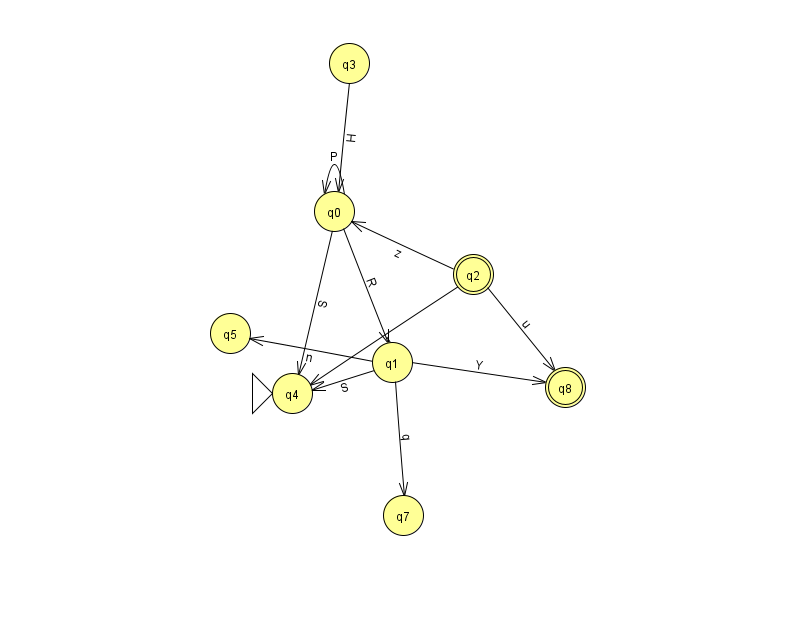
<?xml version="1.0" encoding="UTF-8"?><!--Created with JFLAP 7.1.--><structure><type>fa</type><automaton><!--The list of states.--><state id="0" name="q0"><x>334.0</x><y>198.0</y></state><state id="1" name="q1"><x>392.0</x><y>349.0</y></state><state id="2" name="q2"><x>473.0</x><y>261.0</y><final/></state><state id="3" name="q3"><x>349.0</x><y>50.0</y></state><state id="4" name="q4"><x>292.0</x><y>380.0</y><initial/></state><state id="5" name="q5"><x>230.0</x><y>320.0</y></state><state id="7" name="q7"><x>403.0</x><y>502.0</y></state><state id="8" name="q8"><x>565.0</x><y>374.0</y><final/></state><!--The list of transitions.--><transition><from>0</from><to>0</to><read>P</read></transition><transition><from>1</from><to>5</to><read>n</read></transition><transition><from>0</from><to>1</to><read>R</read></transition><transition><from>1</from><to>8</to><read>Y</read></transition><transition><from>1</from><to>7</to><read>q</read></transition><transition><from>2</from><to>4</to><read>J</read></transition><transition><from>2</from><to>8</to><read>u</read></transition><transition><from>1</from><to>4</to><read>S</read></transition><transition><from>3</from><to>0</to><read>H</read></transition><transition><from>2</from><to>0</to><read>z</read></transition><transition><from>0</from><to>4</to><read>S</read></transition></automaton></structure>